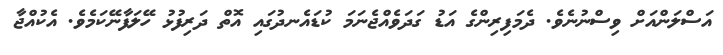
އަސްލަންއަށް ވިސްނުނެވެ. ދެމަފިރިންގެ އަޑު ގަދަވެއްޖެނަމަ ކުޑައެނދުގައި އޮތް ދަރިފުޅު ހޭލަފާނޭކަމެވެ. އެކުއްޖާ